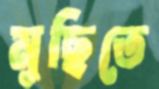
মুছিতে